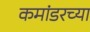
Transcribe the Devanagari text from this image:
कमांडरच्या